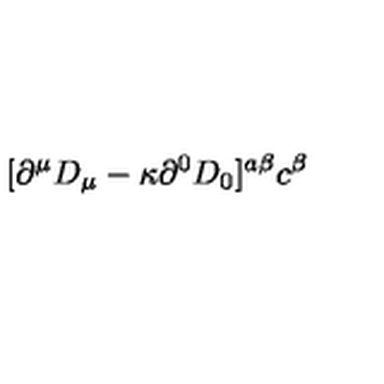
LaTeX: [ \partial ^ { \mu } D _ { \mu } - \kappa \partial ^ { 0 } D _ { 0 } ] ^ { a \beta } c ^ { \beta }